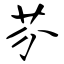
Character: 芬